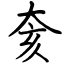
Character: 奒